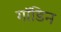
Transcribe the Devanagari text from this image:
गॉडिन